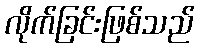
လိုက်ခြင်းဖြစ်သည်